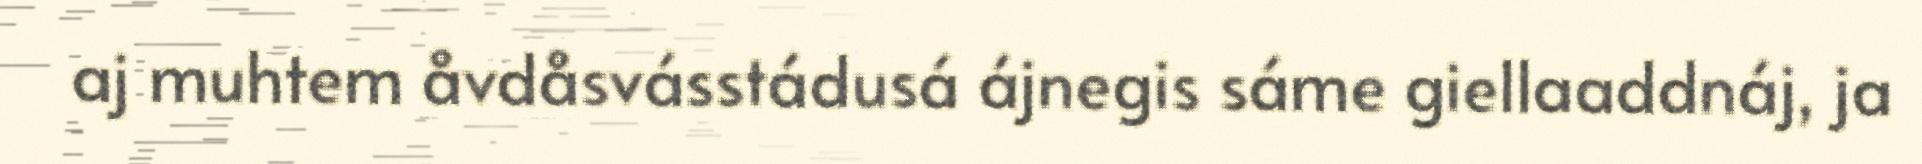
aj muhtem åvdåsvásstádusá ájnegis sáme giellaaddnáj, ja